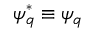
\psi _ { q } ^ { * } \equiv \psi _ { q }